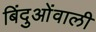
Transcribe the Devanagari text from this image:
बिंदुओंवाली